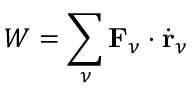
W = \sum _ { \nu } \mathbf { F } _ { \nu } \cdot \dot { \mathbf { r } } _ { \nu }